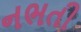
નભતી